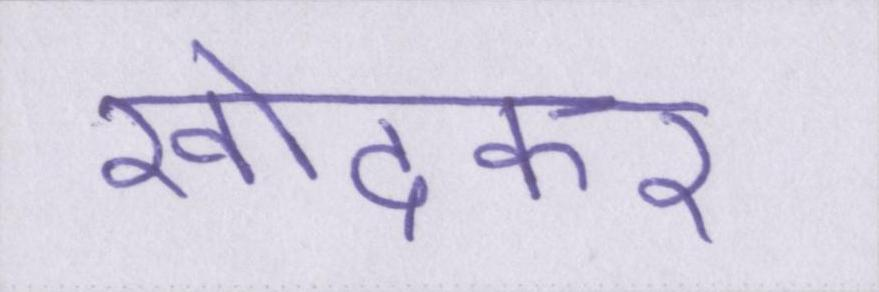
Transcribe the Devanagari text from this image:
खोदकर